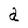
Character: a